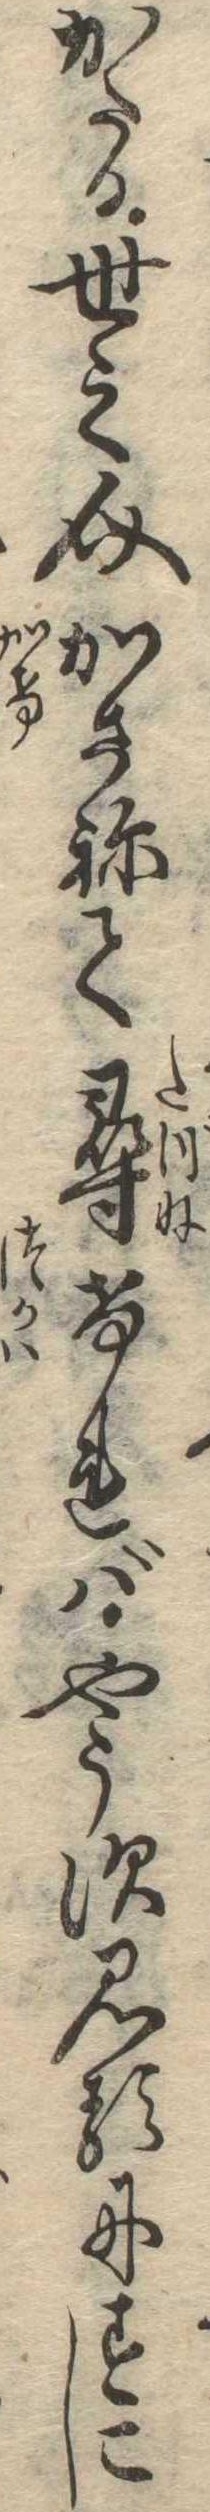
かたる世之介かさねて尋ければやうす見るにすこし